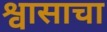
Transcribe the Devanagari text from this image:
श्वासाचा